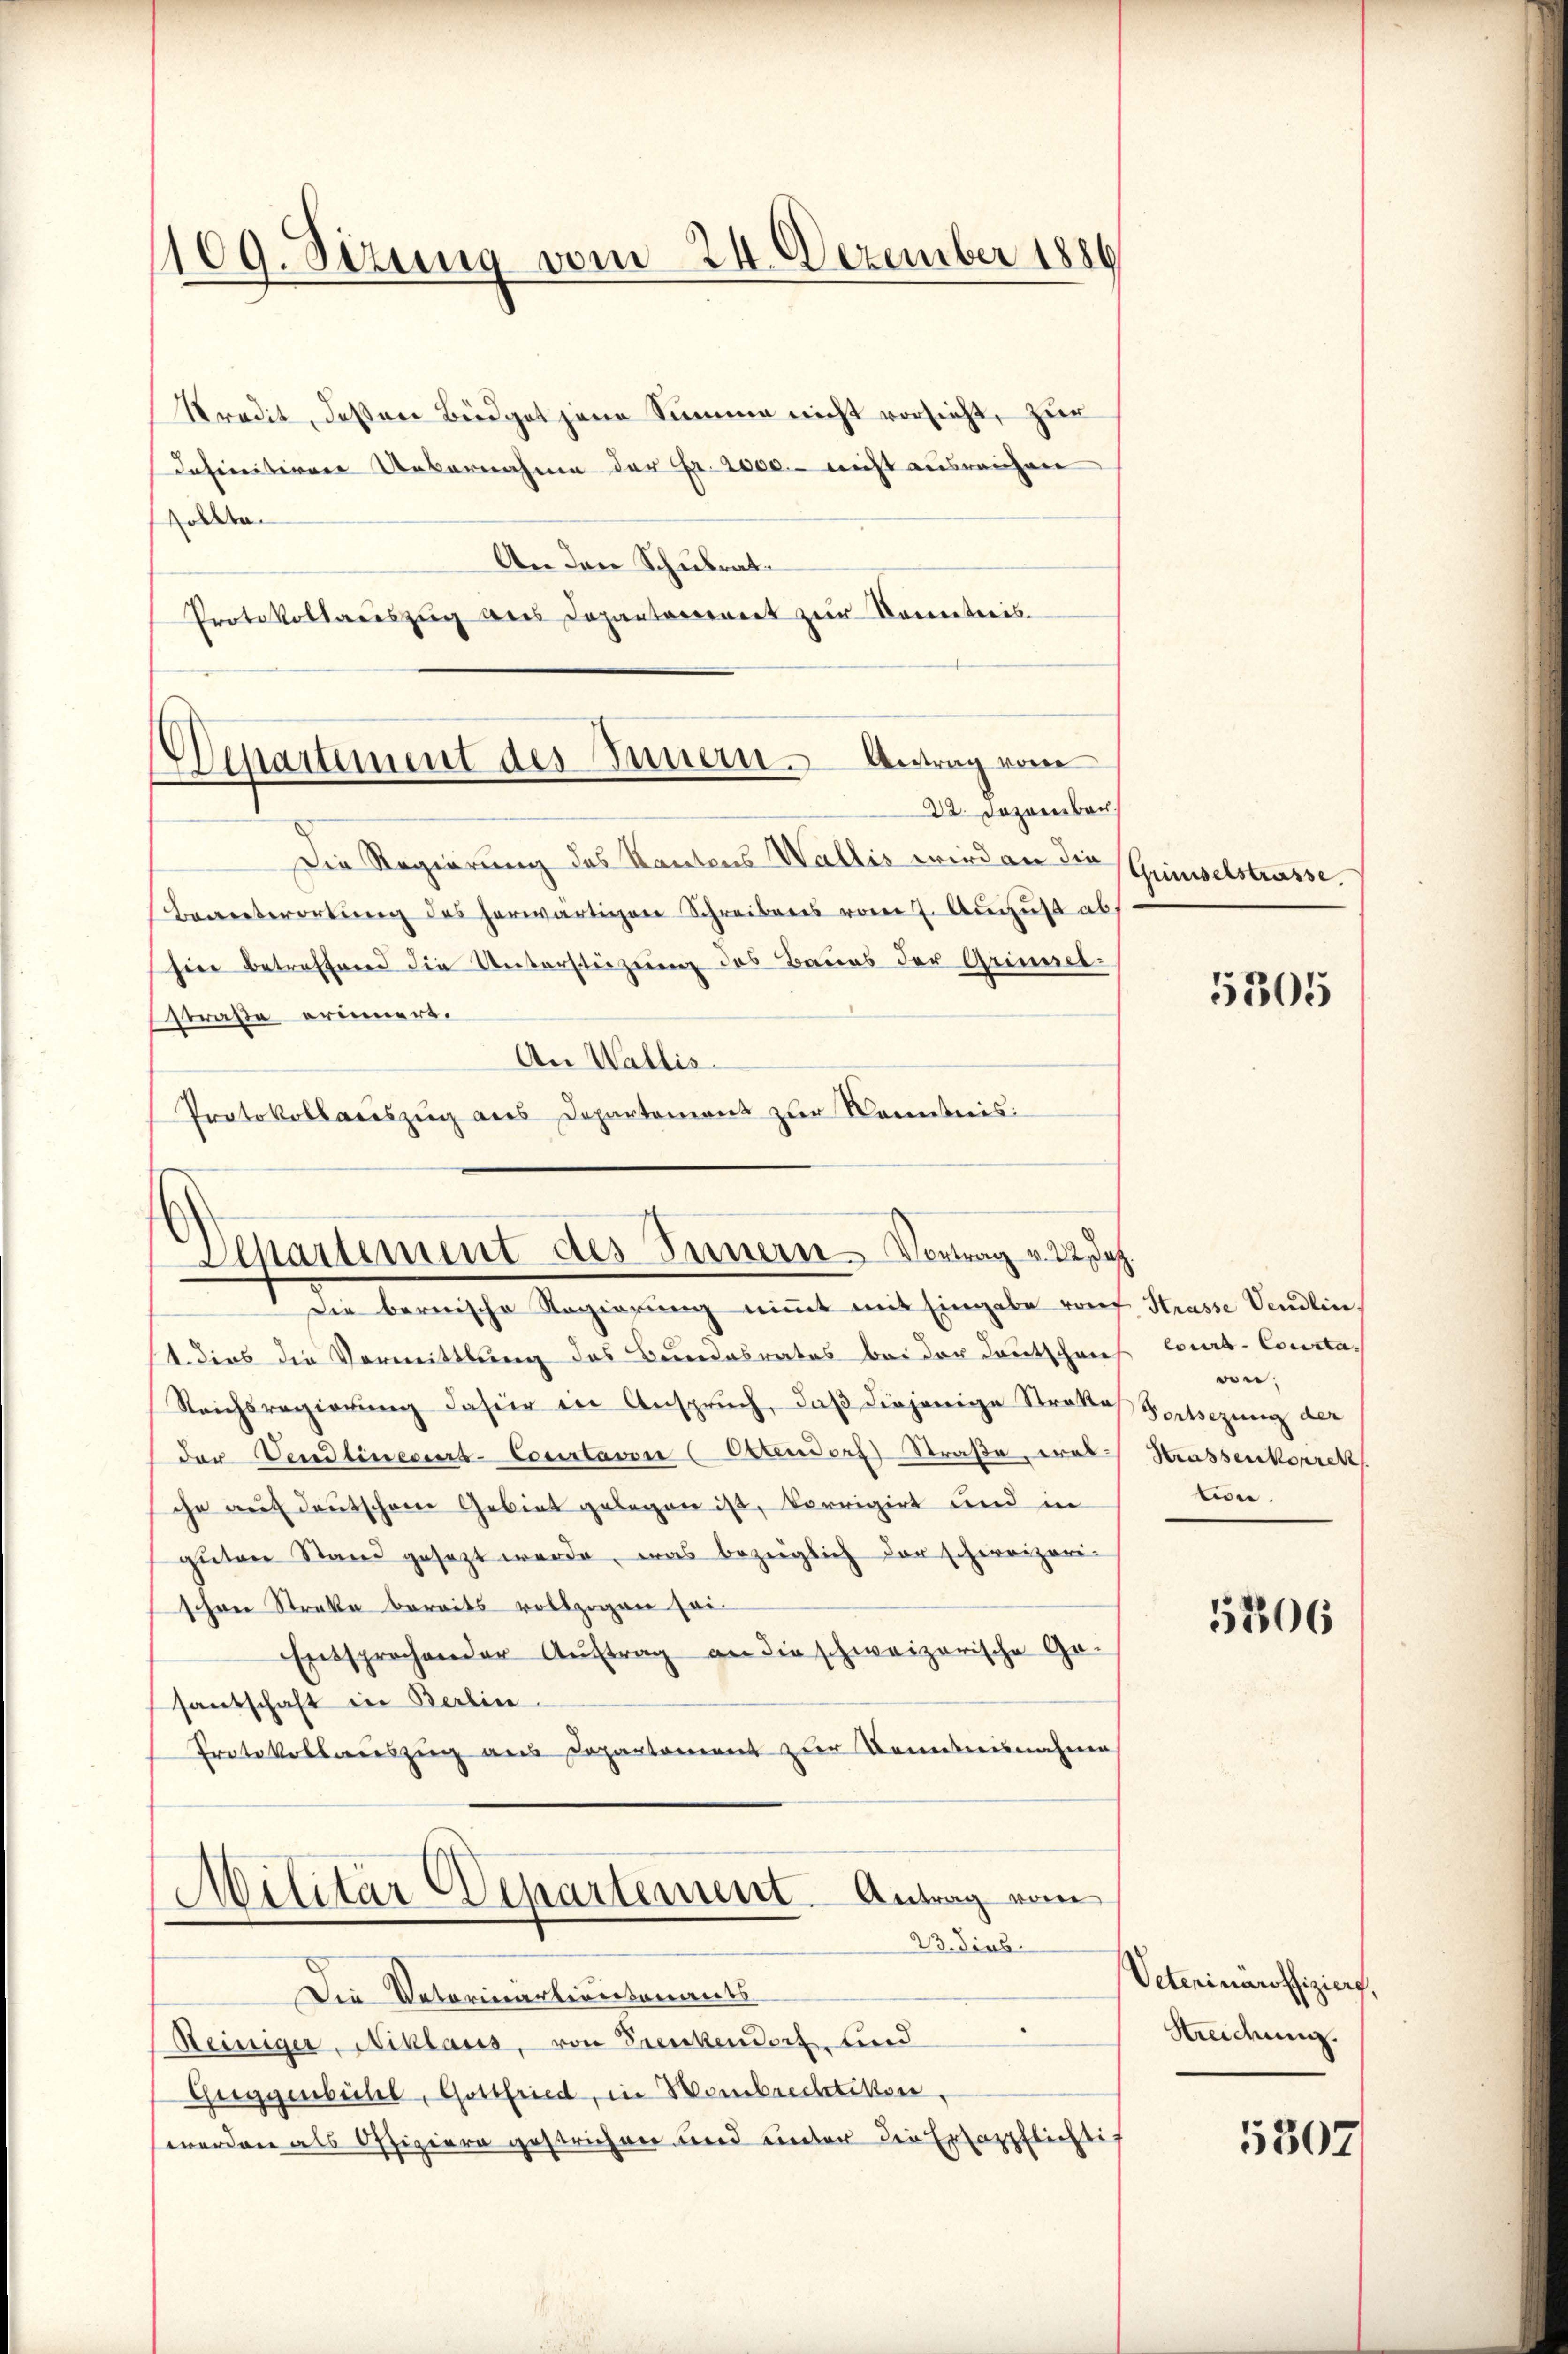
1109. Sizung vom 24. Dezember 1886

Departement des Innern. Antrag vom
22. Dezember

Separtement des Innern Vortrag v. 22. d.

Stradit, deßen Büdget jene Summe nicht vorsicht, zur
Iefinitiven Uebernahme der Fr. 2000.- nicht ausreichen
odde
An den Schulrat.
Protokollageszŭg des Depantorennert zŭr Komentreis
Die Regierung des Kantons Wallis wird an die
Beantwortŭng des herwärtigen Schreibens vom 7. August ab
hier betreffend die Untersteizung des Baues der Grimsel¬
Straße erinnert.
An Wallis.
Protokollauszug aus Departement zur Kenntnis:

Die bernische Regierung nimmt mit Eingabe vonf Strasse Vendlin,
14. dies die Vormittlung des Bundesrates bei der Deutschen
Reichsregierŭng dafür in Anspruch, daβ diejenige Stratto Fortsezung der
der entinecurs-Courtavon (Extendorf Straße, wel
che auf deutschen Gebiet gelegen ist, korrigirt und in
gŭten Stand gesezt werde, was bezüglich der schweizeri-
schon Streke bereits vollzogen sei-
Entsprochender Aŭftrag an die schweizerische Ge-
santschaft in Berlin
Protokollauszug aus Departement zur Kenntnisnahme
Militär-Departement. Antrag vom
23. dies
Die Vaterinartionsaments-
Reiniger, Niklaus, von Frenkendorf und
Greggearbeites, Gottfried, in Membrechtikon,
werden als Offiziere gestrichen und unter die Ersazpflichtif

Griesselstrasse.

5305

lours-Consta
von;
Strassenkorrek
tion.

5206

Veterinäroffiziers,
Hreidung.

5307